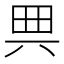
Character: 𠔓